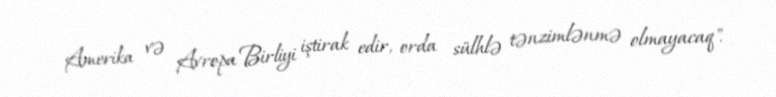
Amerika və Avropa Birliyi iştirak edir, orda sülhlə tənzimlənmə olmayacaq".